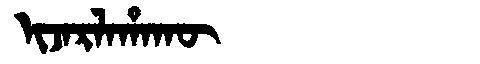
Manchu: ᡳᠵᠠᡵᠯᠠᡥᠠᡴᡡ
Romanization: IJARLAHAKŪ